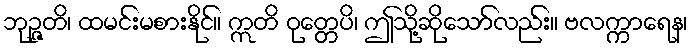
ဘုဉ္ဇတိ၊ ထမင်းမစားနိုင်။ ဣတိ ဝုတ္တေပိ၊ ဤသို့ဆိုသော်လည်း။ ဗလက္ကာရေန၊